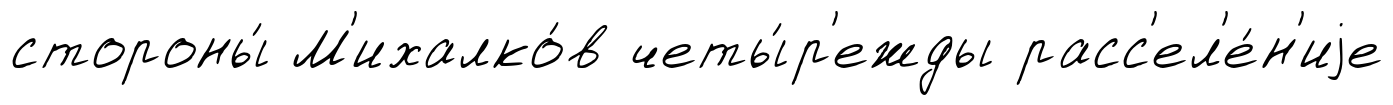
стороны́ М'ихалко́в четы́р'ежды расс'ел'е́н'иjе